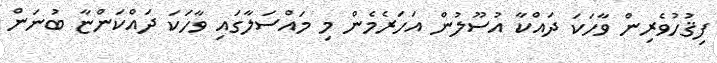
ފިޤުހުވެރިން ވާހަކަ ދައްކާ އުސޫލުން އަހަރެމެން މި މައްސަލާގައި ވާހަކަ ދައްކަންޏާ ބުނަން